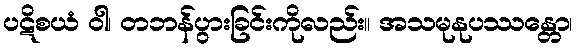
ပဋိစယံ ဝါ၊ တဘန်ပွားခြင်းကိုလည်း။ အသမုနုပဿန္တော၊